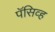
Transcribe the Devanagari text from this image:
पॅसिव्ह